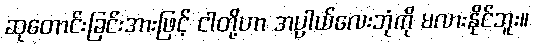
ဆုတောင်းခြင်းအားဖြင့် ငါတို့ဟာ အပ္ပါယ်လေးဘုံကို မလားနိုင်ဘူး။